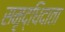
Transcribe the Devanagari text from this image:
समृद्धिदाता